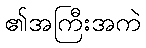
၏အကြီးအကဲ